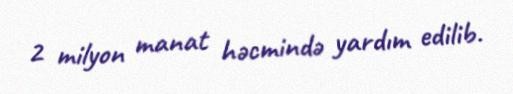
2 milyon manat həcmində yardım edilib.